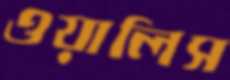
ওয়ালিস